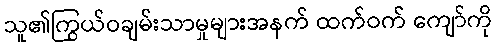
သူ၏ကြွယ်ဝချမ်းသာမှုများအနက် ထက်ဝက် ကျော်ကို